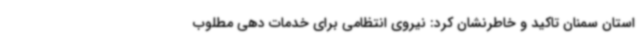
استان سمنان تاکید و خاطرنشان کرد: نیروی انتظامی برای خدمات دهی مطلوب